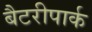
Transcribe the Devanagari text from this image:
बैटरीपार्क